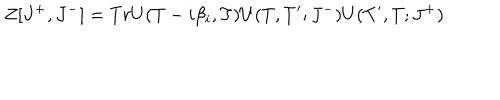
LaTeX: Z [ J ^ { + } , J ^ { - } ] = T r U ( T - i \beta _ { i } , T ) U ( T , T ^ { \prime } ; J ^ { - } ) U ( T ^ { \prime } , T ; J ^ { + } )